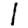
Digit: 1